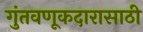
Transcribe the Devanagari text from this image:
गुंतवणूकदारासाठी